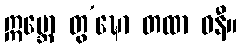
ဣဗ္ဘော တွ’ဍ္ဎော တထာ ဓနီ။